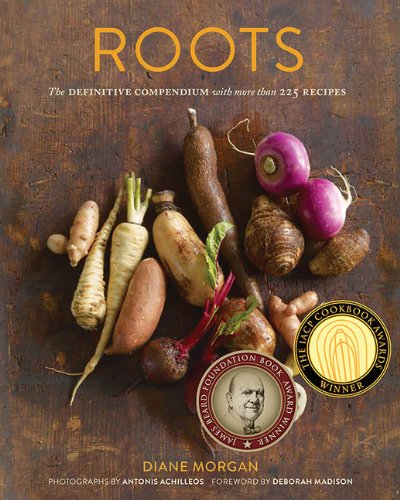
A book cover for Roots: The Definitive Compendium with more than 225 Recipes; Diane Morgan; Cookbooks, Food & Wine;